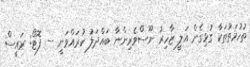
ތުހުމަތުތަކާ ގުޅިގެން އަލީ ޒާހިރު ނޫސްވެރިންނާ ބައްދަލު ކުރައްވަނީ -- ފޮޓޯ: ރައީސް